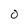
Character: 0